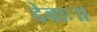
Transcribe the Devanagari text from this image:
देवाः॥